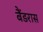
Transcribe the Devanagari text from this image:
बैंडरास